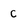
Character: c